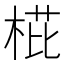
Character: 𣓋